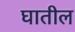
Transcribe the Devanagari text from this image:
घातील